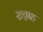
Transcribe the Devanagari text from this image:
ख्व़ाह